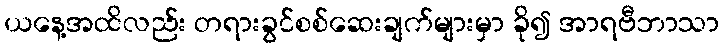
ယနေ့အထိလည်း တရားခွင်စစ်ဆေးချက်များမှာ ခို၍ အာရဗီဘာသာ